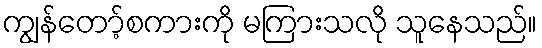
ကျွန်တော့်စကားကို မကြားသလို သူနေသည်။